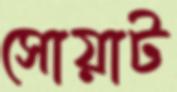
সোয়াট